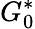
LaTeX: G_{0}^{*}